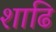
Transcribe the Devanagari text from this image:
शाढि